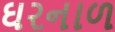
ઘરનાળ